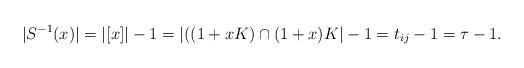
LaTeX: \begin{align*}|S^{-1}(x)|=|[x]|-1=|((1+xK)\cap(1+x)K|-1=t_{ij}-1=\tau-1.\end{align*}